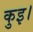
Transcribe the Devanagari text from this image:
कुइ।